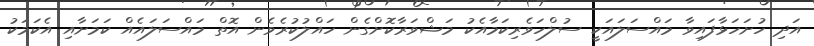
އަދި ހުށަހަޅާފައިވާ މައްސަލައަކީ ސުލްހަވެރިކަމާއެކު މަޝްވަރާކޮށްގެން ހައްލުކުރެވެން އޮތް މައްސަލައެއް ކަމަށާއި އެކަމަކު